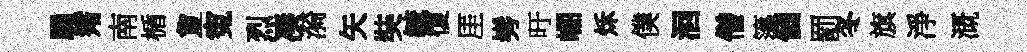
颺觜南楯夐寃烈凑漪矢奘毓復厓髣旴崛秌僕洄僧簜個罰冬旗淨溉